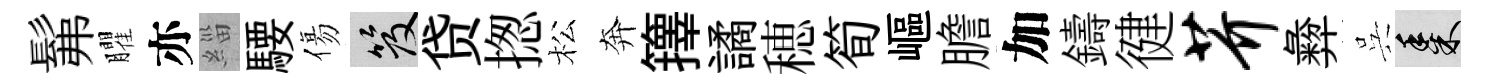
髴臞亦緇騕傷笈贷揔松奔籜譎穂筍嶇膽加鑄徤芥彜呉黍